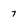
Character: 7